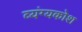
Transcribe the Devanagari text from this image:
व्यंग्यकोश